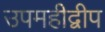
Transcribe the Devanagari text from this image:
उपमहीद्वीप